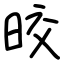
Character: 晈